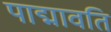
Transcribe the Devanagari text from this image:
पाद्मावति